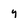
Character: y